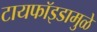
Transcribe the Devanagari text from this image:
टायफॉइडामुळे